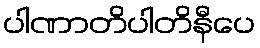
ပါဏာတိပါတိနီပေ